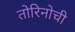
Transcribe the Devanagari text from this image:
तोरिनोची